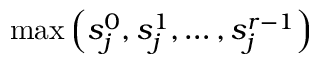
\mathrm { m a x } \left( s _ { j } ^ { 0 } , s _ { j } ^ { 1 } , \ldots , s _ { j } ^ { r - 1 } \right)